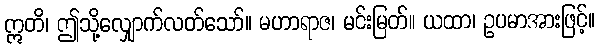
ဣတိ၊ ဤသို့လျှောက်လတ်သော်။ မဟာရာဇ၊ မင်းမြတ်။ ယထာ၊ ဥပမာအားဖြင့်။